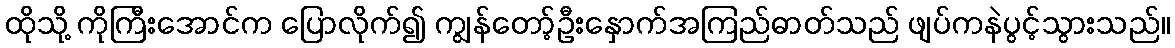
ထိုသို့ ကိုကြီးအောင်က ပြောလိုက်၍ ကျွန်တော့်ဦးနှောက်အကြည်ဓာတ်သည် ဖျပ်ကနဲပွင့်သွားသည်။